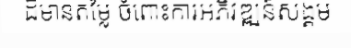
ដ៏មានតម្លៃ ចំពោះការអភិវឌ្ឍន៍សង្គម